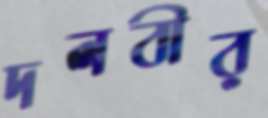
দলবীর